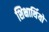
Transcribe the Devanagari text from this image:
शिक्षार्थियो